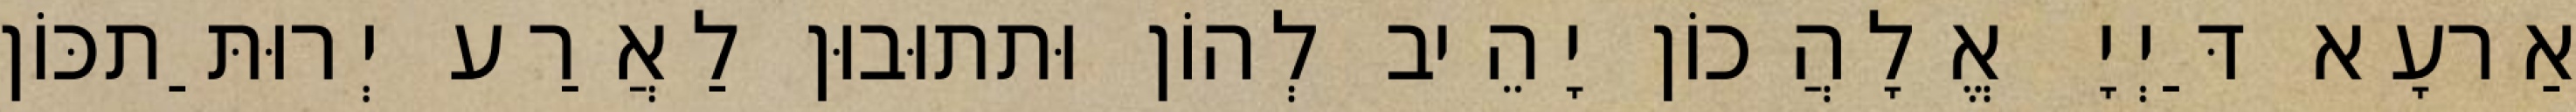
אַרעָא דַּיְיָ אֱלָהֲכוֹן יָהֵיב לְהוֹן וּתתוּבוּן לַאֲרַע יְרוּתַּתכּוֹן